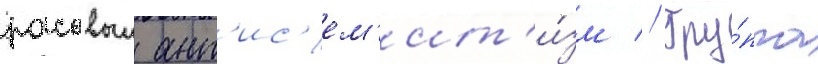
расовыи ант'ис'ем'ит'и́зм // Гру́ппа